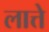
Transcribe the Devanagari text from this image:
लात्ते